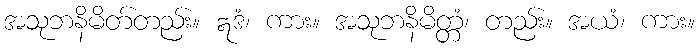
အသုဘနိမိတ်တည်း။ ဣဒံ၊ ကား။ အသုဘနိမိတ္တံ၊ တည်း။ အယံ၊ ကား။